Report of the Municipal Commissioner on the plague in Bombay for the year ending 31st May... - Volume 2
Disease focus: Plague
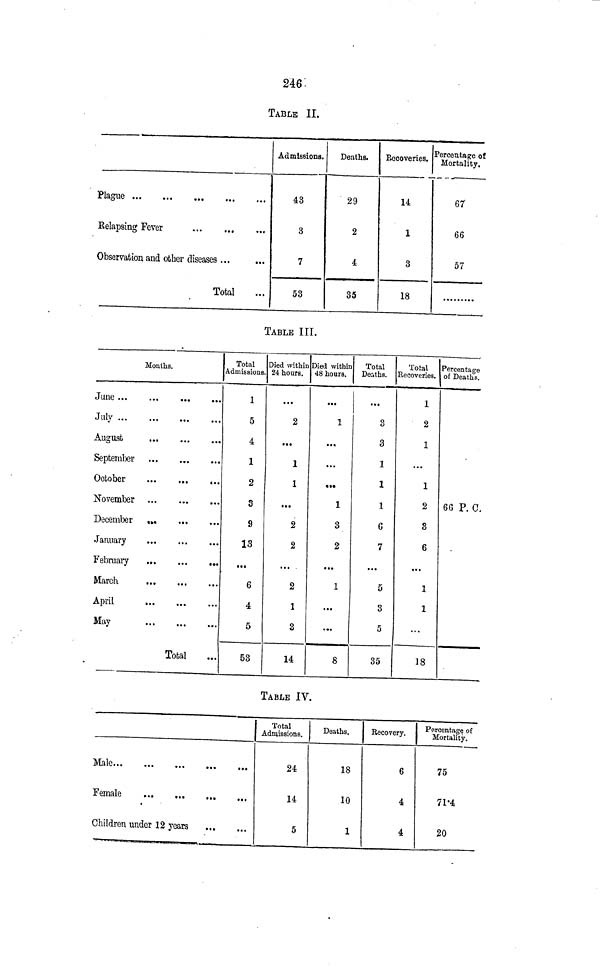
246.
TABLE II.
Kelapsing Fever
Observation and other diseases ...
Total
Admissions.
43
3
7
53
Deaths.
29
2
4
35
Recoveries.
14
1
3
18
Percentage of
Mortality.
67
66
57
TABLE III.
Months.
July
August
September
October
...
...
...
November
December
January
March
..»
April
May
Total
Total
Admissions.
1
5
4
1
2
3
9
13
6
4
5
53
Died within
24 hours.
2
• ••
1
1
...
2
2
... .
2
1
3
14
Died within
48 hours.
1
...
...
•••
I
3
2
...
1
...
• »*
8
Total
Deaths.
3
3
1
1
1
C
7
...
5
3
5
35
Total
Recoveries.
1
2
1
...
1
2
8
6
...
1
1
18
Percentage
of Deaths.
6(5 P. 0,
TABLE IV.
Male
Children under 12 years
Total
Admissions.
24
14
5
Deaths.
18
10
1
Recovery.
6
4
4
Perceutag^ of
Mortality.
75
71-4
20